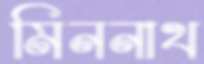
মিননাথ